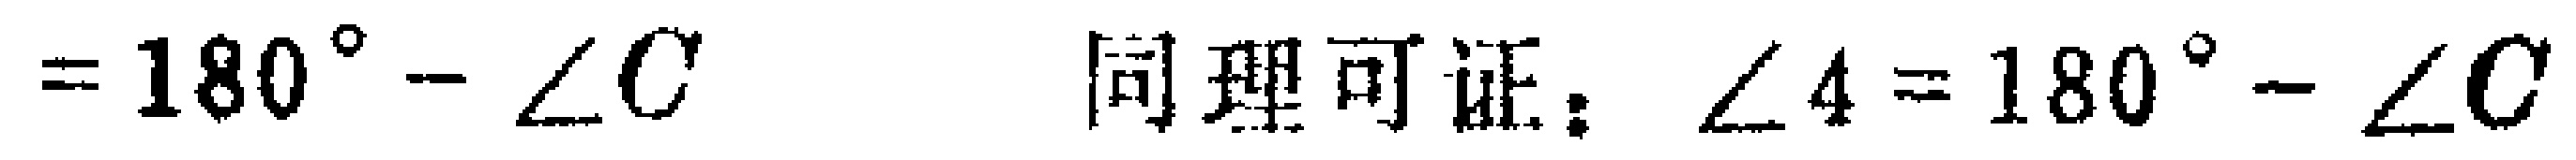
$=180^{\circ}-\angle C\quad 同理可证：\angle 4 = 180^{\circ}-\angle C$